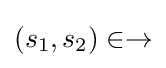
(s_{1},s_{2})\in \to